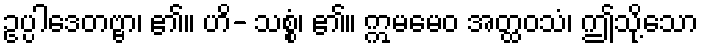
ဥပ္ပါဒေတဗ္ဗာ၊ ၏။ ဟိ- သစ္စံ၊ ၏။ ဣမမေဝ အတ္ထဝသံ၊ ဤသို့သော